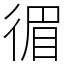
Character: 𢔰